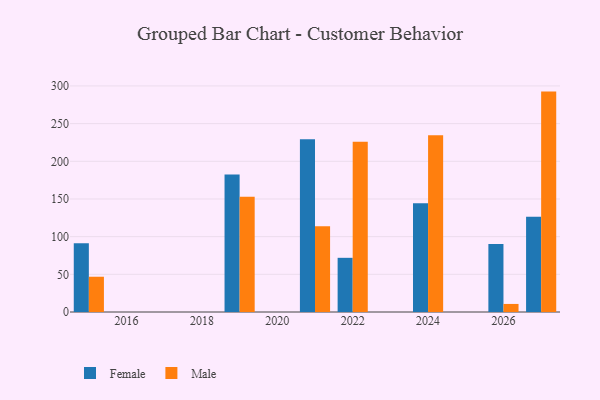
{"axis": {"x": "Year", "y": "Budget (USD K)"}, "legend": ["Female", "Male"], "data": [{"x": "2026", "y": 90.3, "type": "Female"}, {"x": "2026", "y": 10.7, "type": "Male"}, {"x": "2019", "y": 182.6, "type": "Female"}, {"x": "2019", "y": 152.9, "type": "Male"}, {"x": "2022", "y": 71.9, "type": "Female"}, {"x": "2022", "y": 226.1, "type": "Male"}, {"x": "2021", "y": 229.4, "type": "Female"}, {"x": "2021", "y": 113.9, "type": "Male"}, {"x": "2027", "y": 126.5, "type": "Female"}, {"x": "2027", "y": 292.5, "type": "Male"}, {"x": "2024", "y": 144.2, "type": "Female"}, {"x": "2024", "y": 234.5, "type": "Male"}, {"x": "2015", "y": 91.1, "type": "Female"}, {"x": "2015", "y": 46.8, "type": "Male"}]}